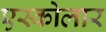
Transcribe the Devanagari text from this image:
एस्कोलार